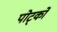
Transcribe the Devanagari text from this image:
पोर्ट्को